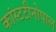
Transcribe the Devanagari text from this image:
कांस्टटीनोपाल